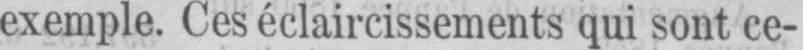
exemple. Ces éclaircissements qui sont ce-